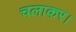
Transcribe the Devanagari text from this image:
चलाकर।